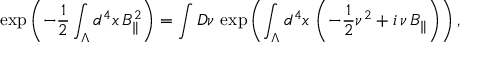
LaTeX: \exp \left( - \frac { 1 } { 2 } \int _ { \Lambda } d ^ { 4 } x \, B _ { \Vert } ^ { 2 } \right) = \int { \cal D } \nu \, \exp \left( \int _ { \Lambda } d ^ { 4 } x \, \left( - \frac { 1 } { 2 } \nu ^ { 2 } + i \, \nu \, B _ { \Vert } \right) \right) ,